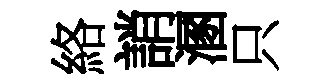
絡誚溷只